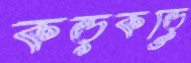
কড়কড়ে